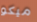
ميكو